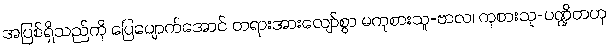
အပြစ်ရှိသည်ကို ပြေပျောက်အောင် တရားအားလျော်စွာ မကုစားသူ-ဗာလ၊ ကုစားသူ-ပဏ္ဍိတဟု